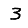
Digit: 3